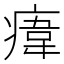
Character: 𤸆